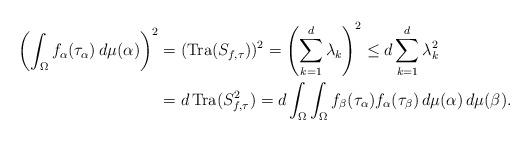
LaTeX: \begin{align*} \left(\int_\Omega f_\alpha (\tau_\alpha)\, d \mu(\alpha)\right)^2&=(\operatorname{Tra}(S_{f,\tau}))^2=\left(\sum_{k=1}^d \lambda_k\right)^2\leq d \sum_{k=1}^d \lambda_k^2\\ &=d\operatorname{Tra}(S^2_{f,\tau})=d\int_\Omega\int_\Omega f_\beta (\tau_\alpha)f_\alpha (\tau_\beta)\, d \mu(\alpha)\, d \mu(\beta). \end{align*}